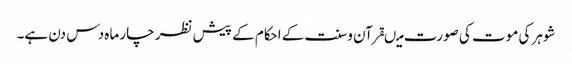
شوہر کی موت کی صورت میںقرآن وسنت کے احکام کے پیش نظر چار ماہ دس دن ہے۔